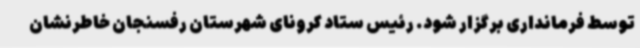
توسط فرمانداری برگزار شود. رئیس ستاد کرونای شهرستان رفسنجان خاطرنشان